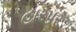
હારપર